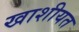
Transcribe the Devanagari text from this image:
खाशीयत